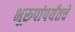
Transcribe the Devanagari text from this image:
भूरूपांपर्यंतचे